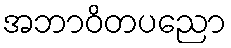
အဘာဝိတပညော